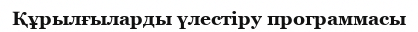
Құрылғыларды үлестіру программасы